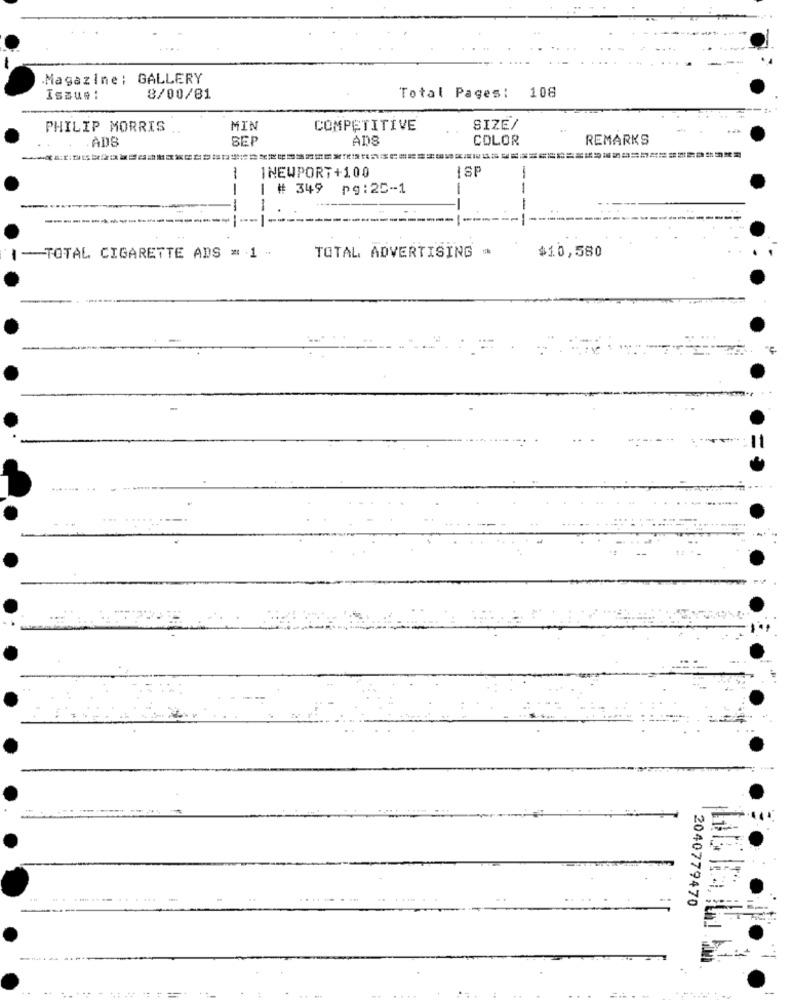
Magazine : GALLERY
108
Issue:
8/00/81
Total Pages:
PHILIP MORRIS
MIN
COMPETITIVE
SIZE/
.ADS
SEP
ADS
COLOR
REMARKS
INEWPORT+100
ISF
| # 349
pg: 25-1
--
---
-
---
-
$10,580
-TOTAL CIGARETTE ADS = 1 -
TOTAL ADVERTISING *
..-... .
2040779470